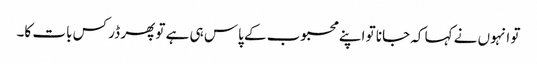
تو انہوں نے کہا کہ جانا تو اپنے محبوب کے پاس ہی ہے تو پھر ڈر کس بات کا۔